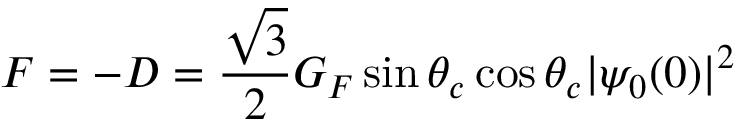
F = - D = { \frac { \sqrt { 3 } } { 2 } } G _ { F } \sin \theta _ { c } \cos \theta _ { c } | \psi _ { 0 } ( 0 ) | ^ { 2 }